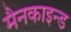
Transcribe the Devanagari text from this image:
मैनकाइन्ड